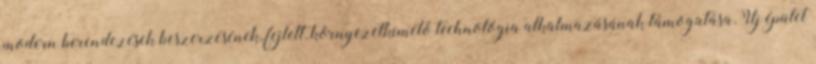
modern berendezések beszerzésének, fejlett, környezetkímélő technológia alkalmazásának támogatása.Új épület